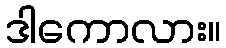
ဒါကောလား။